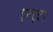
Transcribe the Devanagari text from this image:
एनएएम